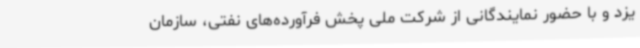
یزد و با حضور نمایندگانی از شرکت ملی پخش فرآورده‌های نفتی، سازمان